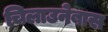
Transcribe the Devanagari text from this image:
चिलाउनेबास